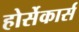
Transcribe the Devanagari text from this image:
होर्सेकार्स